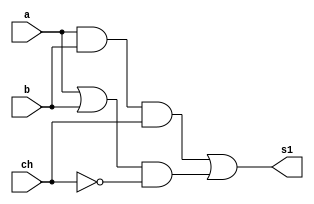
// ------------------------- 
// Exemplo0032 - F4 EXERCICIO @@@@2222222222222222222222222222
// Nome: Fabio Fiuza Pereira
// -------------------------
//------------------EXERCICIO 2
// -------------------------
// --- selecionador
// -------------------------
module Chaveado (output s1, input a, input b, input ch);
	
	wire w1, w2, w3, w4;
	
	and And01 (w1, a, b);
   or or1 (w2, a, b);
	
	
	and and2 (w3, w1, ch);
	and and3 (w4, w2, ~ch);
	
	
	or or2 (s1, w3, w4);
	
	 
	
endmodule // -- selecionador

module test_f4;
	
	reg x, y, ch;
	wire s1;
	
	Chaveado modulo22 (s1, x, y, ch);
	
	// -- parte principal
	initial begin
	
	$display("Exemplo0032 - Fabio Fiuza Pereira - 406087");
	$display("Test LU's module");
		
	#1 x = 0; y = 0; ch = 0;
	
	$monitor("Chave = %1b A = %1b B = %1b Saida = %1b", ch, x, y, s1);
		
		#1 x = 0; y = 0; ch = 0;
		#1 x = 0; y = 1; ch = 0;
		#1 x = 1; y = 0; ch = 0;
		#1 x = 1; y = 1; ch = 0;
		#1 x = 0; y = 0; ch = 1;
		#1 x = 0; y = 1; ch = 1;
		#1 x = 1; y = 0; ch = 1;
		#1 x = 1; y = 1; ch = 1;
	
	
		
		
	end
endmodule //